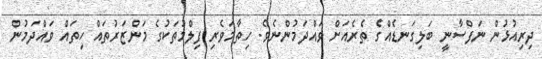
ދިރިއުޅުން ނަފްސާނީ ބަލިގަނޑެއްގެ ތެރެއަށް ވައްދަމުންނެވެ. ހިތާމަވެރި ފިލްމުތަކުގެ މަންޒަރުތައް ހިތައް ވައްދަމުން